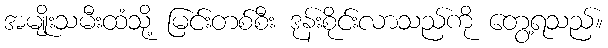
အမျိုးသမီးထံသို့ မြင်းတစ်စီး ဒုန်းစိုင်းလာသည်ကို တွေ့ရသည်။